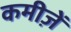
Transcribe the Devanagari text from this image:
कमीज़ें